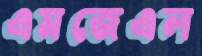
এমজেএল